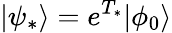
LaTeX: |\psi_{*}\rangle=e^{T_{*}}|\phi_{0}\rangle